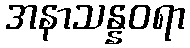
အနာသန္နဝရာ